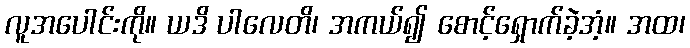
လူအပေါင်းကို။ ယဒိ ပါလေတိ၊ အကယ်၍ စောင့်ရှောက်ခဲ့အံ့။ အထ၊